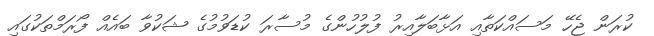
ކުރަން ޖެހޭ މަސައްކަތާއި އަޅާބަލާއިރު ފުލުހުންގެ މުސާރަ ކުޑަވުމުގެ ޝަކުވާ ބައެއް ފޯރަމްތަކުގައި